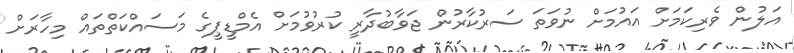
އަލުން ވެރިކަމަށް އައުމަށް ނުވަތަ ސަރުކާރުން ޖަވާބުދާރީ ކުރުވުމަށް އެމްޑީޕީގެ މަސައްކަތްތައް މިހާރަށް